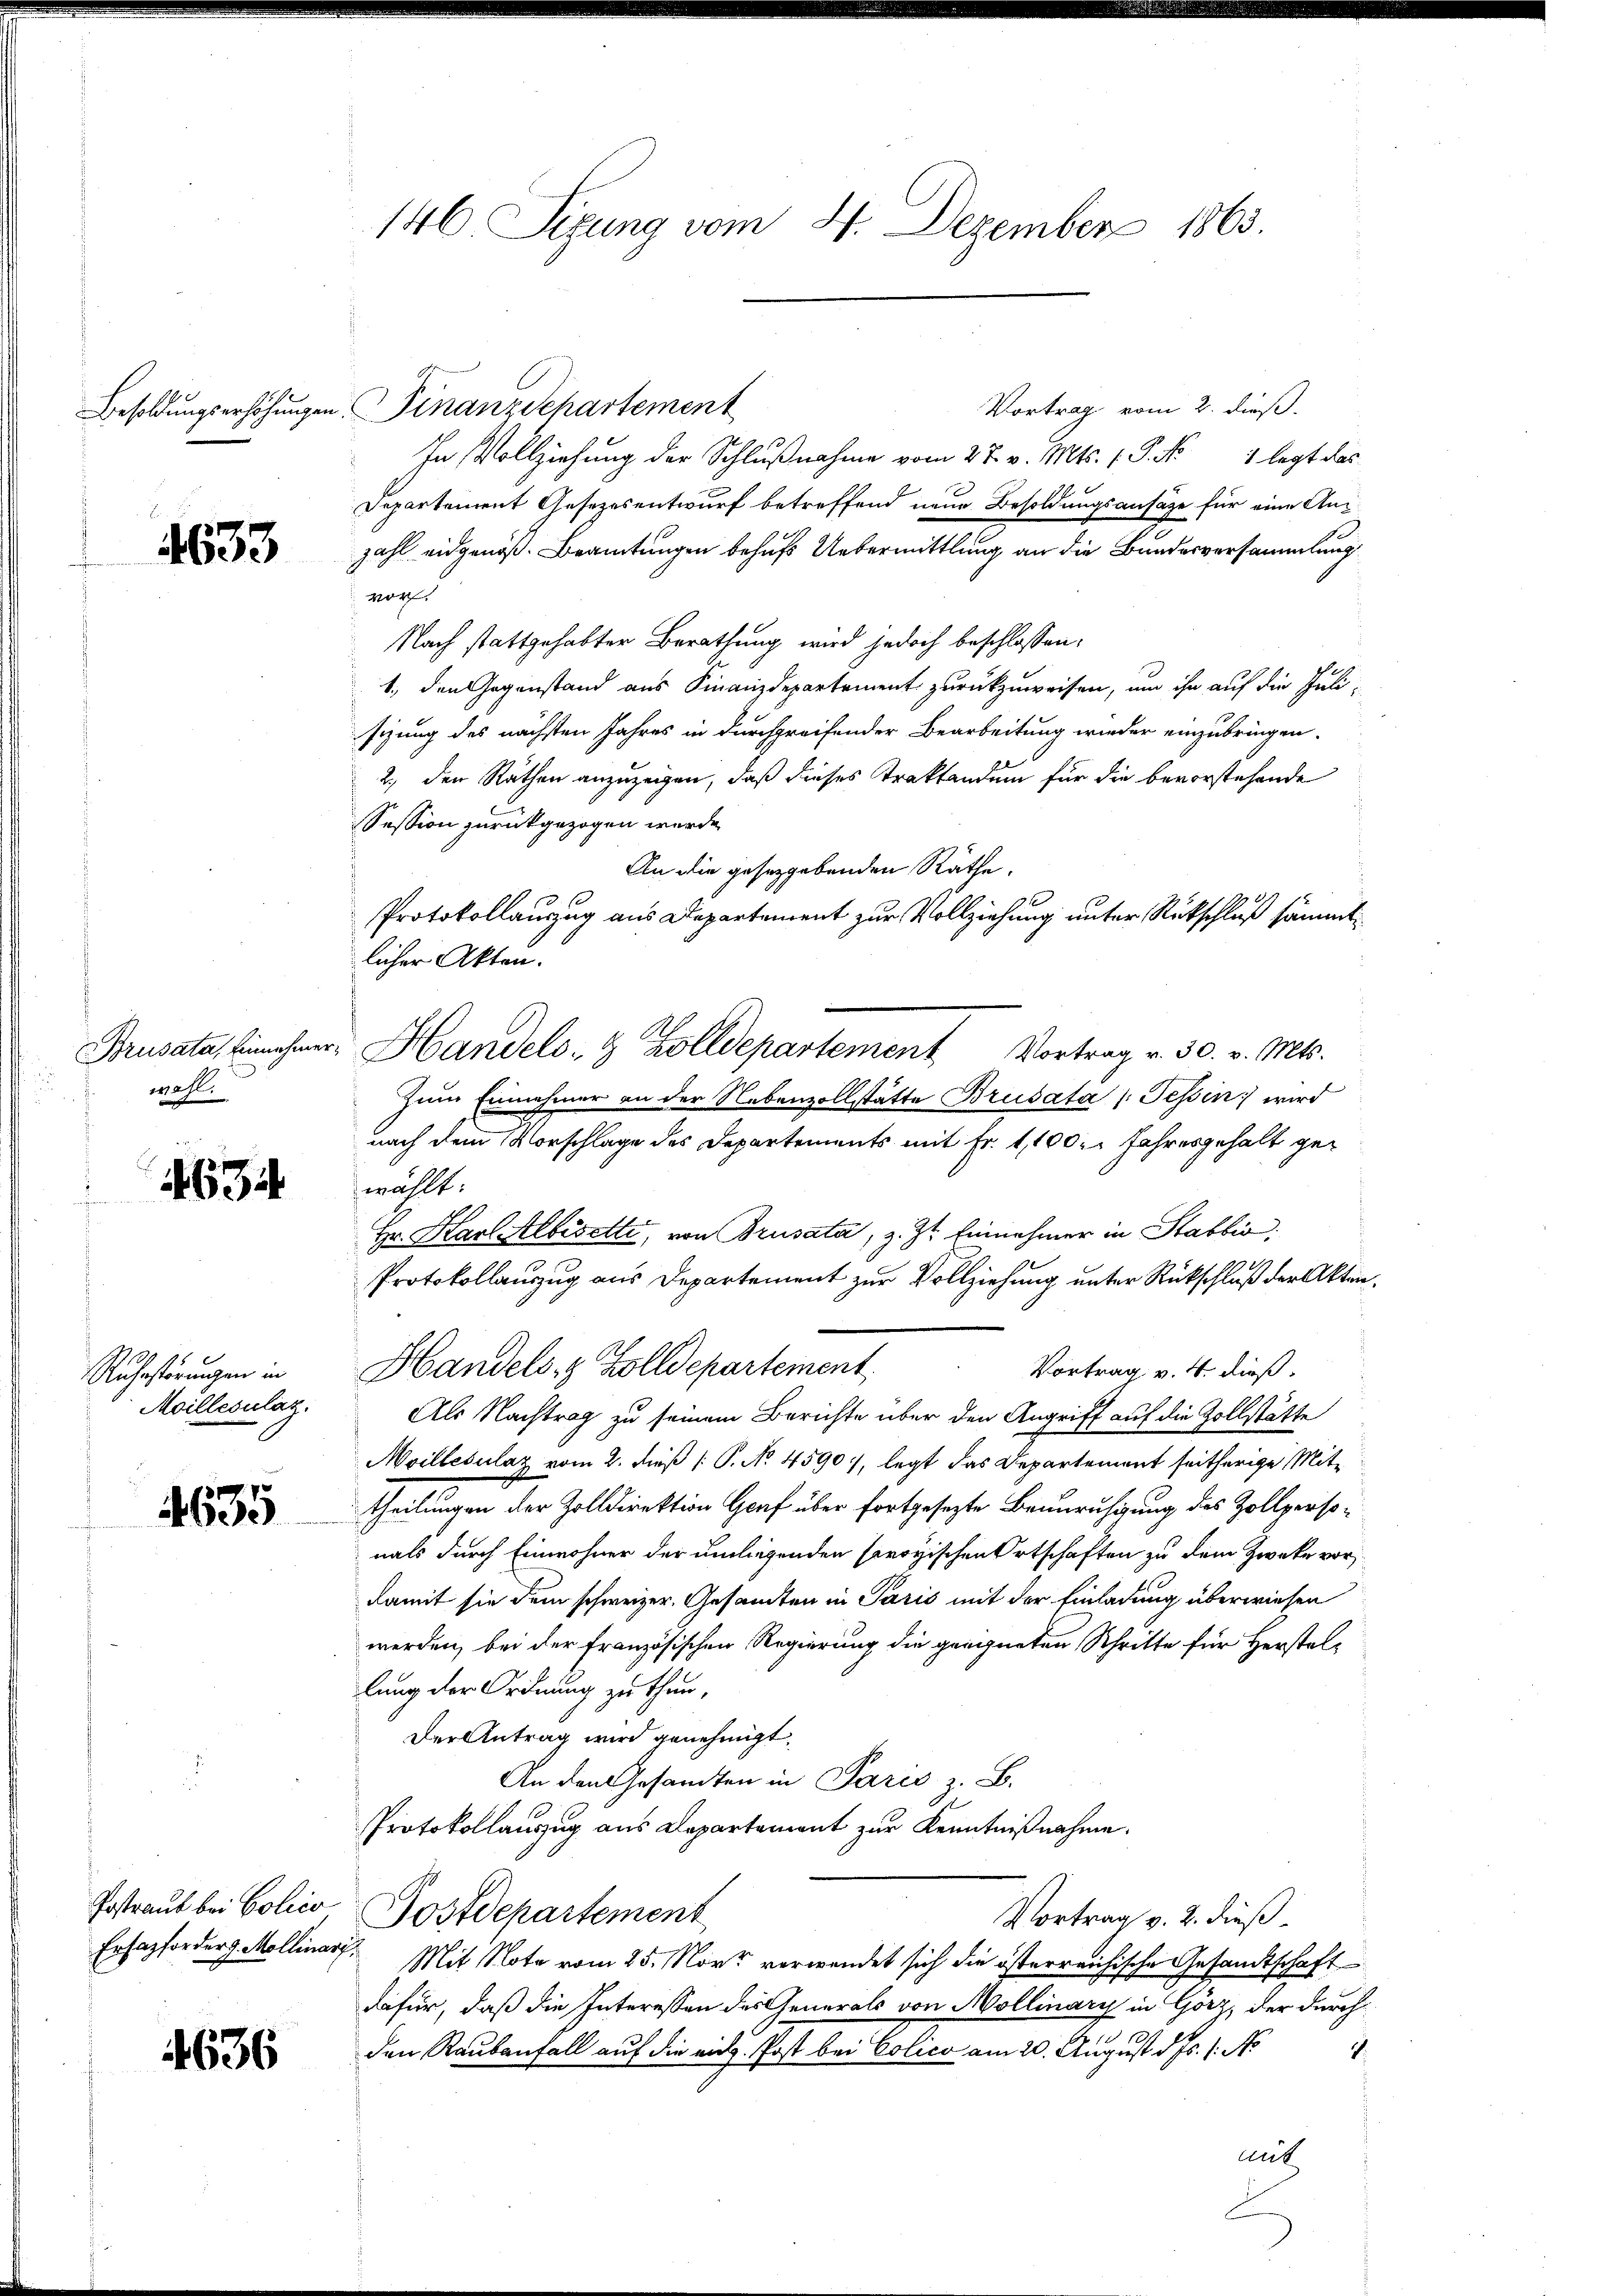
Besoldungserhöhungen

4633

Brusata, Einnehmer
wahl.

4634

Ruhestörungen in
Moillesulat

4635

Postraub bei Polico

4636

146 Sizung vom 4. Dezember 1863.

Vortrag vom 2. dieß.
Finanz Departement
In Vollziehung der Schlußnahme vom 27. v. Mts. 1. P. Nr. 1 legt das
Departement Gesetzesentwurf betreffend neue Besoldungsansätze für eine Anzahl eidgenöß. Beamtungen behufs Uebermittlung an die Bundesversammlung
vor.
Nach stattgehabter Berathung wird jedoch beschlossen:
1., den Gegenstand aus Finanzdepartement zurückzuweisen, um ihn auf die Juli-
sizung des nächsten Jahres in durchgreifender Bearbeitung wieder einzubringen.
2., den Räthen anzuzeigen, daß dieses Traktandum für die bevorstehende
Session zurückgezogen werde.
An die gesetzgebenden Räthe.
Protokollauzug aus Departement zur Vollziehung unter Rückschluß sämmtlicher Akten.
 Handels- & Zolldepartement Vortrag v. 30. v. Mts.
Zum Einnahmer an der Nebenzollstätte Brusata (Tessin wird
nach dem Vorschlage des Departements mit Fr. 1,100. Jahresgehalt gewählt.
Hr. Karl Albisette, von Brusata, z. Zt. Einnehmer in Stabbić,
Protokollauszug aus Departement zur Vollziehung unter Rückschluß der Akten¬
Handels- & Zolldepartement
Vortrag v. 4. dieß.
Als Nachtrag zu seinem Berichte über den Angriff auf die Zollstätte
Moilleculaz vom 2. dieß [ P. No. 4590), legt das Departement seitherige Mittheilungen der Zolldirektion Graf über fortgesezte Beunruhigung des Zollpersonals durch Einwohner der umliegenden savoyischen Ortschaften zu dem Zwecke vor
damit sie dem schweizer. Gesandten in Paris mit der Einladung überwiesen
werden, bei der französischen Regierung die geeigneten Schritte für Herstellung der Ordnung zu thun,
Der Antrag wird genehmigt.
An den Gesandten in Paris z. B.
Protokollauszug aus Departement zur Kenntnißnahme.
Postdepartement
Vortrag v. 2. dieß
Ersatzforder Mollinarf. Mit Note vom 25. Nov. verwendet sich die österreichische Gesandtschaft
dafür, daß die Interessen des Generals von Mollinary in Görz, der durch¬
.
den Raubenfall auf die rich. Post bei Colico am 20. August d. Js. 1. No
mit
F